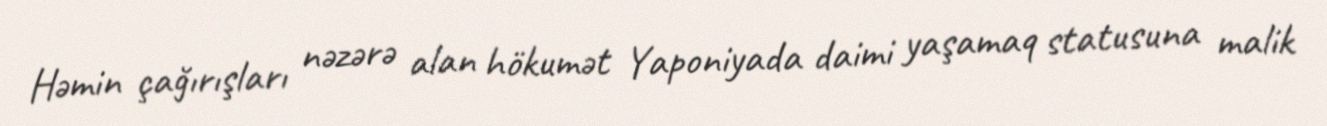
Həmin çağırışları nəzərə alan hökumət Yaponiyada daimi yaşamaq statusuna malik